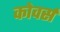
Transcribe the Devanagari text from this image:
कोवर्स